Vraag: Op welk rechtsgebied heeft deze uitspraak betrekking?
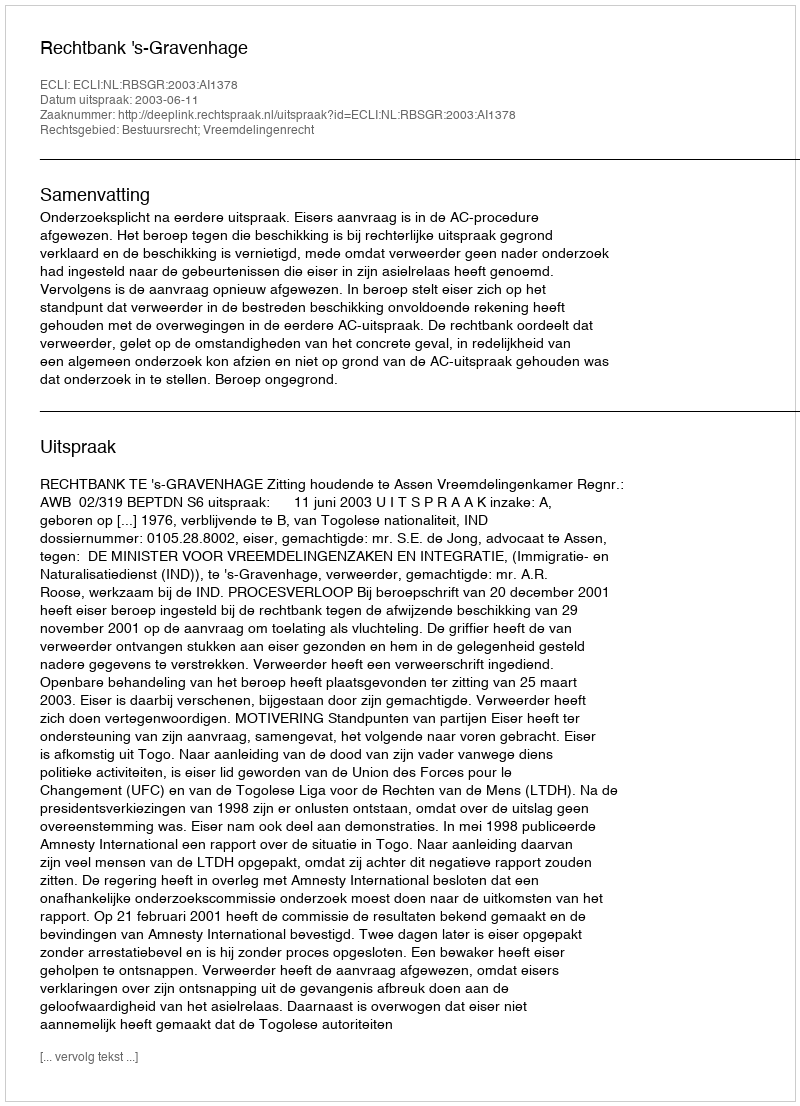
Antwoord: Bestuursrecht; Vreemdelingenrecht